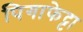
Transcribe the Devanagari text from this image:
पिगाफेट्टा